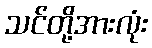
သင်တို့အားလုံး